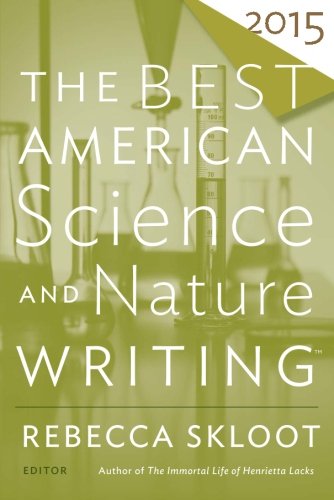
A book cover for The Best American Science and Nature Writing 2015; Literature & Fiction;